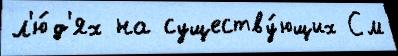
л'ю́д'ях на существу́ющих См